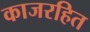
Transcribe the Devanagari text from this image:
काजरहित